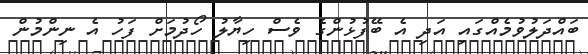
ބައްދަލުވުމެއްގައި އަދި އެ ބޭފުޅުންގެ ވެސް ހިޔާލު ހޯދުމަށް ފަހު އެ ނިންމުން